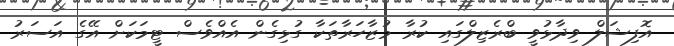
އޮފިޝަލް ވިދާޅުވީ ބްރެޒިލްގައި ކުރާ މުޒާހަރާތަކާ ގުޅިގެން އެއްވެސް ޓީމަކަށް އޭގެ އަސަރު